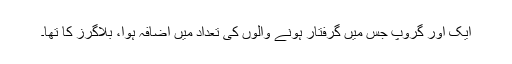
ایک اور گروپ جس میں گرفتار ہونے والوں کی تعداد میں اضافہ ہوا، بلاگرز کا تھا۔